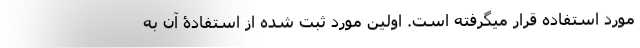
مورد استفاده قرار میگرفته است. اولین مورد ثبت شده از استفادۀ آن به